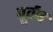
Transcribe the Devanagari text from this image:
पूर्वष